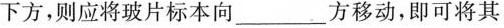
下方，则应将玻片标本向_____方移动，即可将其